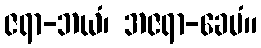
ဇရာ-ဘယံ၊ အဇရာ-ခေမံ။